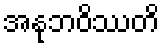
အနုဘဝိဿတိ